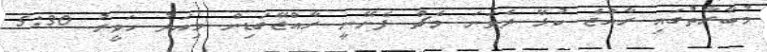
މުބާރާތުގައި ރާއްޖެ ކުޅޭ ދެވަނަ މެޗް ފެށޭނީ ރާއްޖޭގަޑިން މިއަދު ހަވީރު 5:30